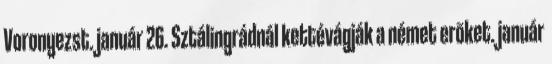
Voronyezst. január 26. Sztálingrádnál kettévágják a német erõket. január